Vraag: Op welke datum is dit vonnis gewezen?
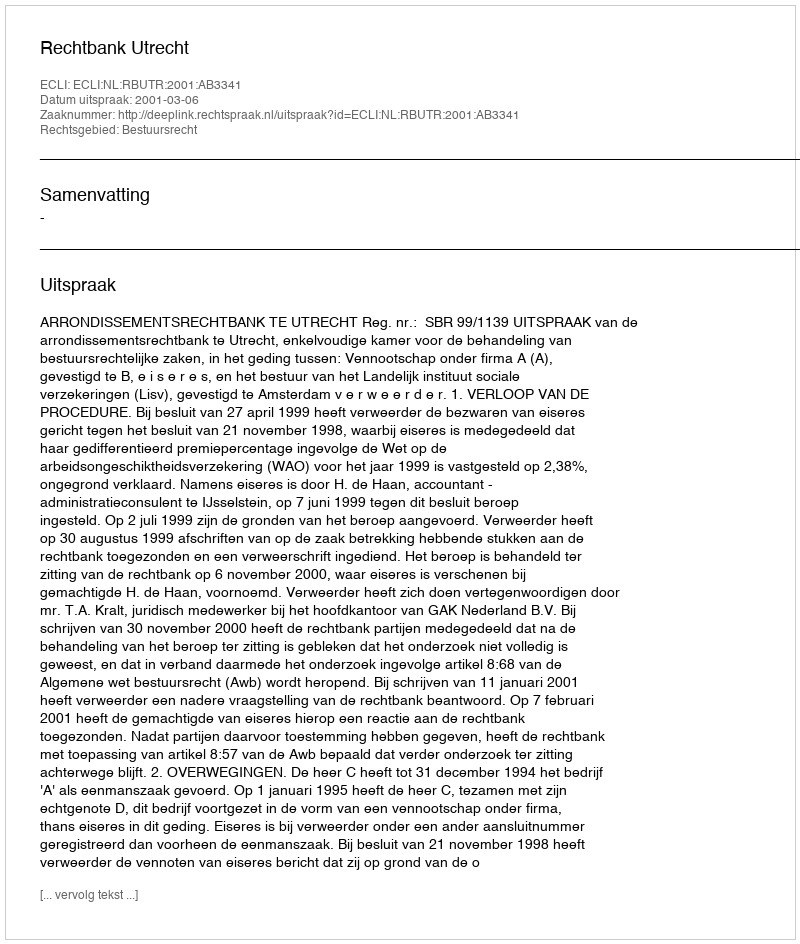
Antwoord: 2001-03-06